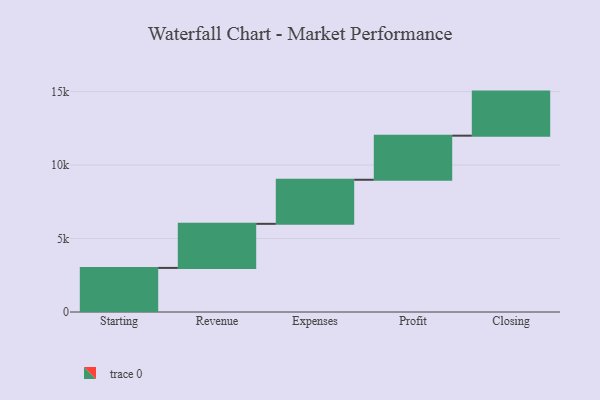
{"axis": {"x": "Step", "y": "Value"}, "legend": [""], "data": [{"x": "Starting", "y": 3000, "type": ""}, {"x": "Revenue", "y": 3000, "type": ""}, {"x": "Expenses", "y": 3000, "type": ""}, {"x": "Profit", "y": 3000, "type": ""}, {"x": "Closing", "y": 3000, "type": ""}]}